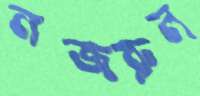
নজরুল